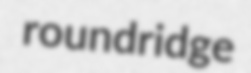
roundridge